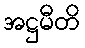
အဋ္ဌမီတိ